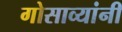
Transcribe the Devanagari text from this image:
गोसाव्यांनी